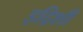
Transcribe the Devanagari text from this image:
इद्रिशी